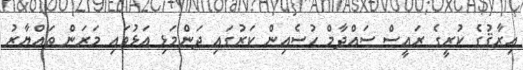
އިރާޤުގެ ކުރީގެ ރައީސް ސައްދާމް ހުސެއިން ކަރުގައި ދަންމަޅި އަޅުވައި މަރަން ތައްޔާރު